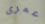
عمرى